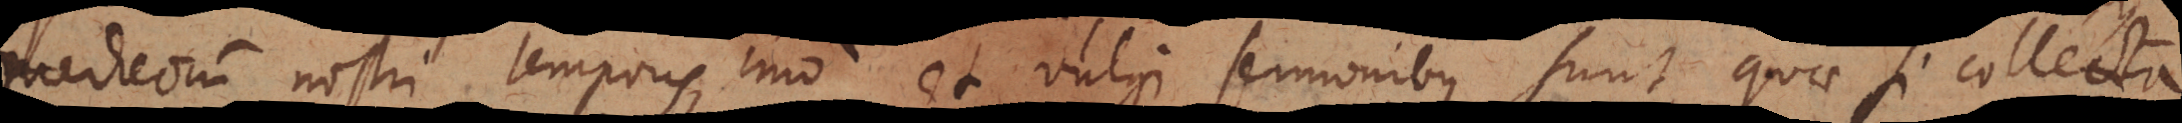
medicorum nostri temporis, imo et vulgi sermonibus sunt, quae si collecta